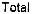
TOTAL